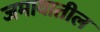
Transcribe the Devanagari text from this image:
जमावातील